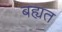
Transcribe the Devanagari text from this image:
बह्यत